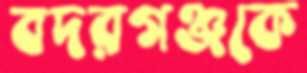
বদরগঞ্জকে